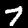
Digit: 7